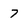
Character: 7